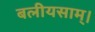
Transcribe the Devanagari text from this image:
बलीयसाम्।